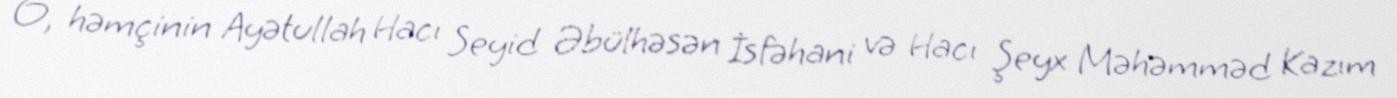
O, həmçinin Ayətullah Hacı Seyid Əbülhəsən İsfəhani və Hacı Şeyx Məhəmməd Kazım